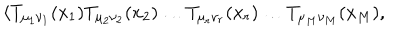
{ \langle T _ { \mu _ { 1 } \nu _ { 1 } } ( x _ { 1 } ) T _ { \mu _ { 2 } \nu _ { 2 } } ( x _ { 2 } ) \dots T _ { \mu _ { r } \nu _ { r } } ( x _ { r } ) \dots T _ { \mu _ { M } \nu _ { M } } ( x _ { M } ) , }